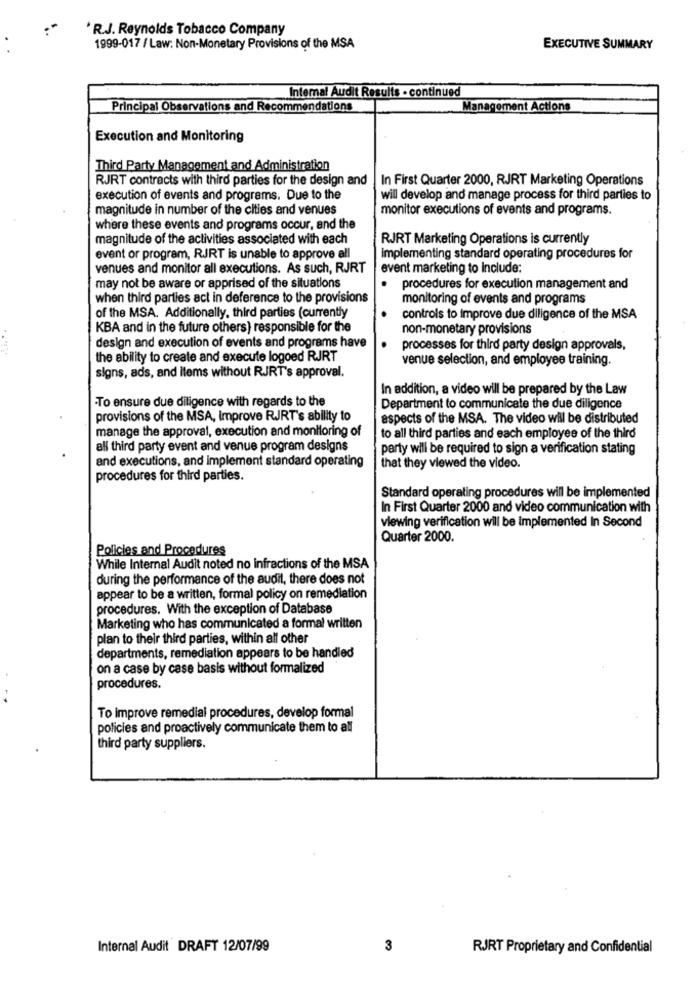
* R.J. Reynolds Tobacco Company
1999-017 / Law: Non-Monetary Provisions of the MSA
EXECUTIVE SUMMARY
Internal Audit Results - continued
Principal Observations and Recommendations
Management Actions
Execution and Monitoring
Third Party Management and Administration
RJRT contracts with third parties for the design and
In First Quarter 2000, RJRT Marketing Operations
execution of events and programs. Due to the
will develop and manage process for third parties to
magnitude in number of the cities and venues
monitor executions of events and programs.
where these events and programs occur, and the
magnitude of the activities associated with each
RJRT Marketing Operations is currently
event or program, RJRT is unable to approve all
implementing standard operating procedures for
venues and monitor all executions. As such, RJRT
event marketing to include:
may not be aware or apprised of the situations
procedures for execution management and
when third parties act in deference to the provisions
monitoring of events and programs
of the MSA. Additionally, third parties (currently
controls to improve due diligence of the MSA
KBA and in the future others) responsible for the
non-monetary provisions
design and execution of events and programs have
processes for third party design approvals,
the ability to create and execute logoed RJRT
venue selection, and employee training.
signs, ads, and items without RJRT's approval.
In addition, a video will be prepared by the Law
To ensure due diligence with regards to the
Department to communicate the due diligence
provisions of the MSA, Improve RJRT's ability to
aspects of the MSA. The video will be distributed
manage the approval, execution and monitoring of
to all third parties and each employee of the third
all third party event and venue program designs
party will be required to sign a verification stating
and executions, and implement standard operating
that they viewed the video.
procedures for third parties.
Standard operating procedures will be implemented
In First Quarter 2000 and video communication with
viewing verification will be implemented In Second
Quarter 2000.
Policies and Procedures
While Internal Audit noted no infractions of the MSA
during the performance of the audit, there does not
appear to be a written, formal policy on remediation
procedures. With the exception of Database
Marketing who has communicated a formal written
plan to their third parties, within alf other
departments, remediation appears to be handled
on a case by case basis without formalized
procedures.
To improve remedial procedures, develop formal
policies and proactively communicate them to all
third party suppliers.
Internal Audit DRAFT 12/07/99
3
RJRT Proprietary and Confidential